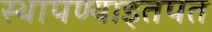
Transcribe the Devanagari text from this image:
स्थापण्याइतपत